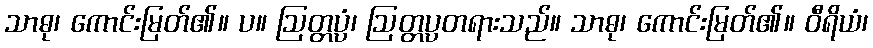
သာဓု၊ ကောင်းမြတ်၏။ ပ။ ဩတ္တပ္ပံ၊ ဩတ္တပ္ပတရားသည်။ သာဓု၊ ကောင်းမြတ်၏။ ဝီရိယံ၊